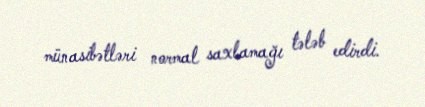
münasibətləri normal saxlamağı tələb edirdi.